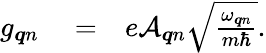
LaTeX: \begin{array}{rlr}{g_{\boldsymbol{q}n}}&{{}=}&{e{\cal A}_{\boldsymbol{q}n}\sqrt{\frac{\omega_{\boldsymbol{q}n}}{m\hbar}}.}\end{array}